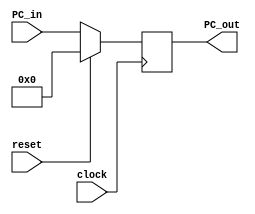
`timescale 1ns / 1ps

module Program_Counter #(parameter PC_SIZE=32)
(   
    input wire clock,
    input wire reset,
    input wire [PC_SIZE-1:0] PC_in,
    output reg [PC_SIZE-1:0] PC_out
);

    always@(posedge clock) begin
        if(reset)begin
            PC_out <= 0;
        end
        else begin
            PC_out <= PC_in;
        end
    end

endmodule